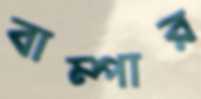
বাম্পার